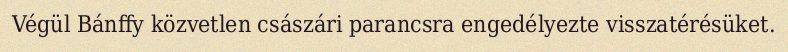
Végül Bánffy közvetlen császári parancsra engedélyezte visszatérésüket.